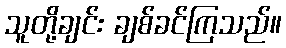
သူတို့ချင်း ချစ်ခင်ကြသည်။